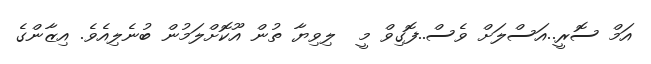
އަމް ސޮރީ..އަސްލަށް ވެސް..ފޮގިވް މީ  ލިވިޔާ ތުން އޫކޮށްލަމުން ބުނެލިއެވެ. އިޒާންގެ